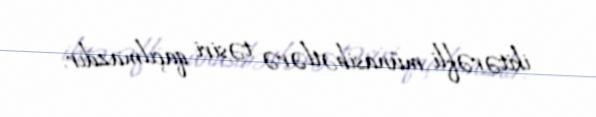
ikitərəfli münasibətlərə təsiri qaçılmazdır.